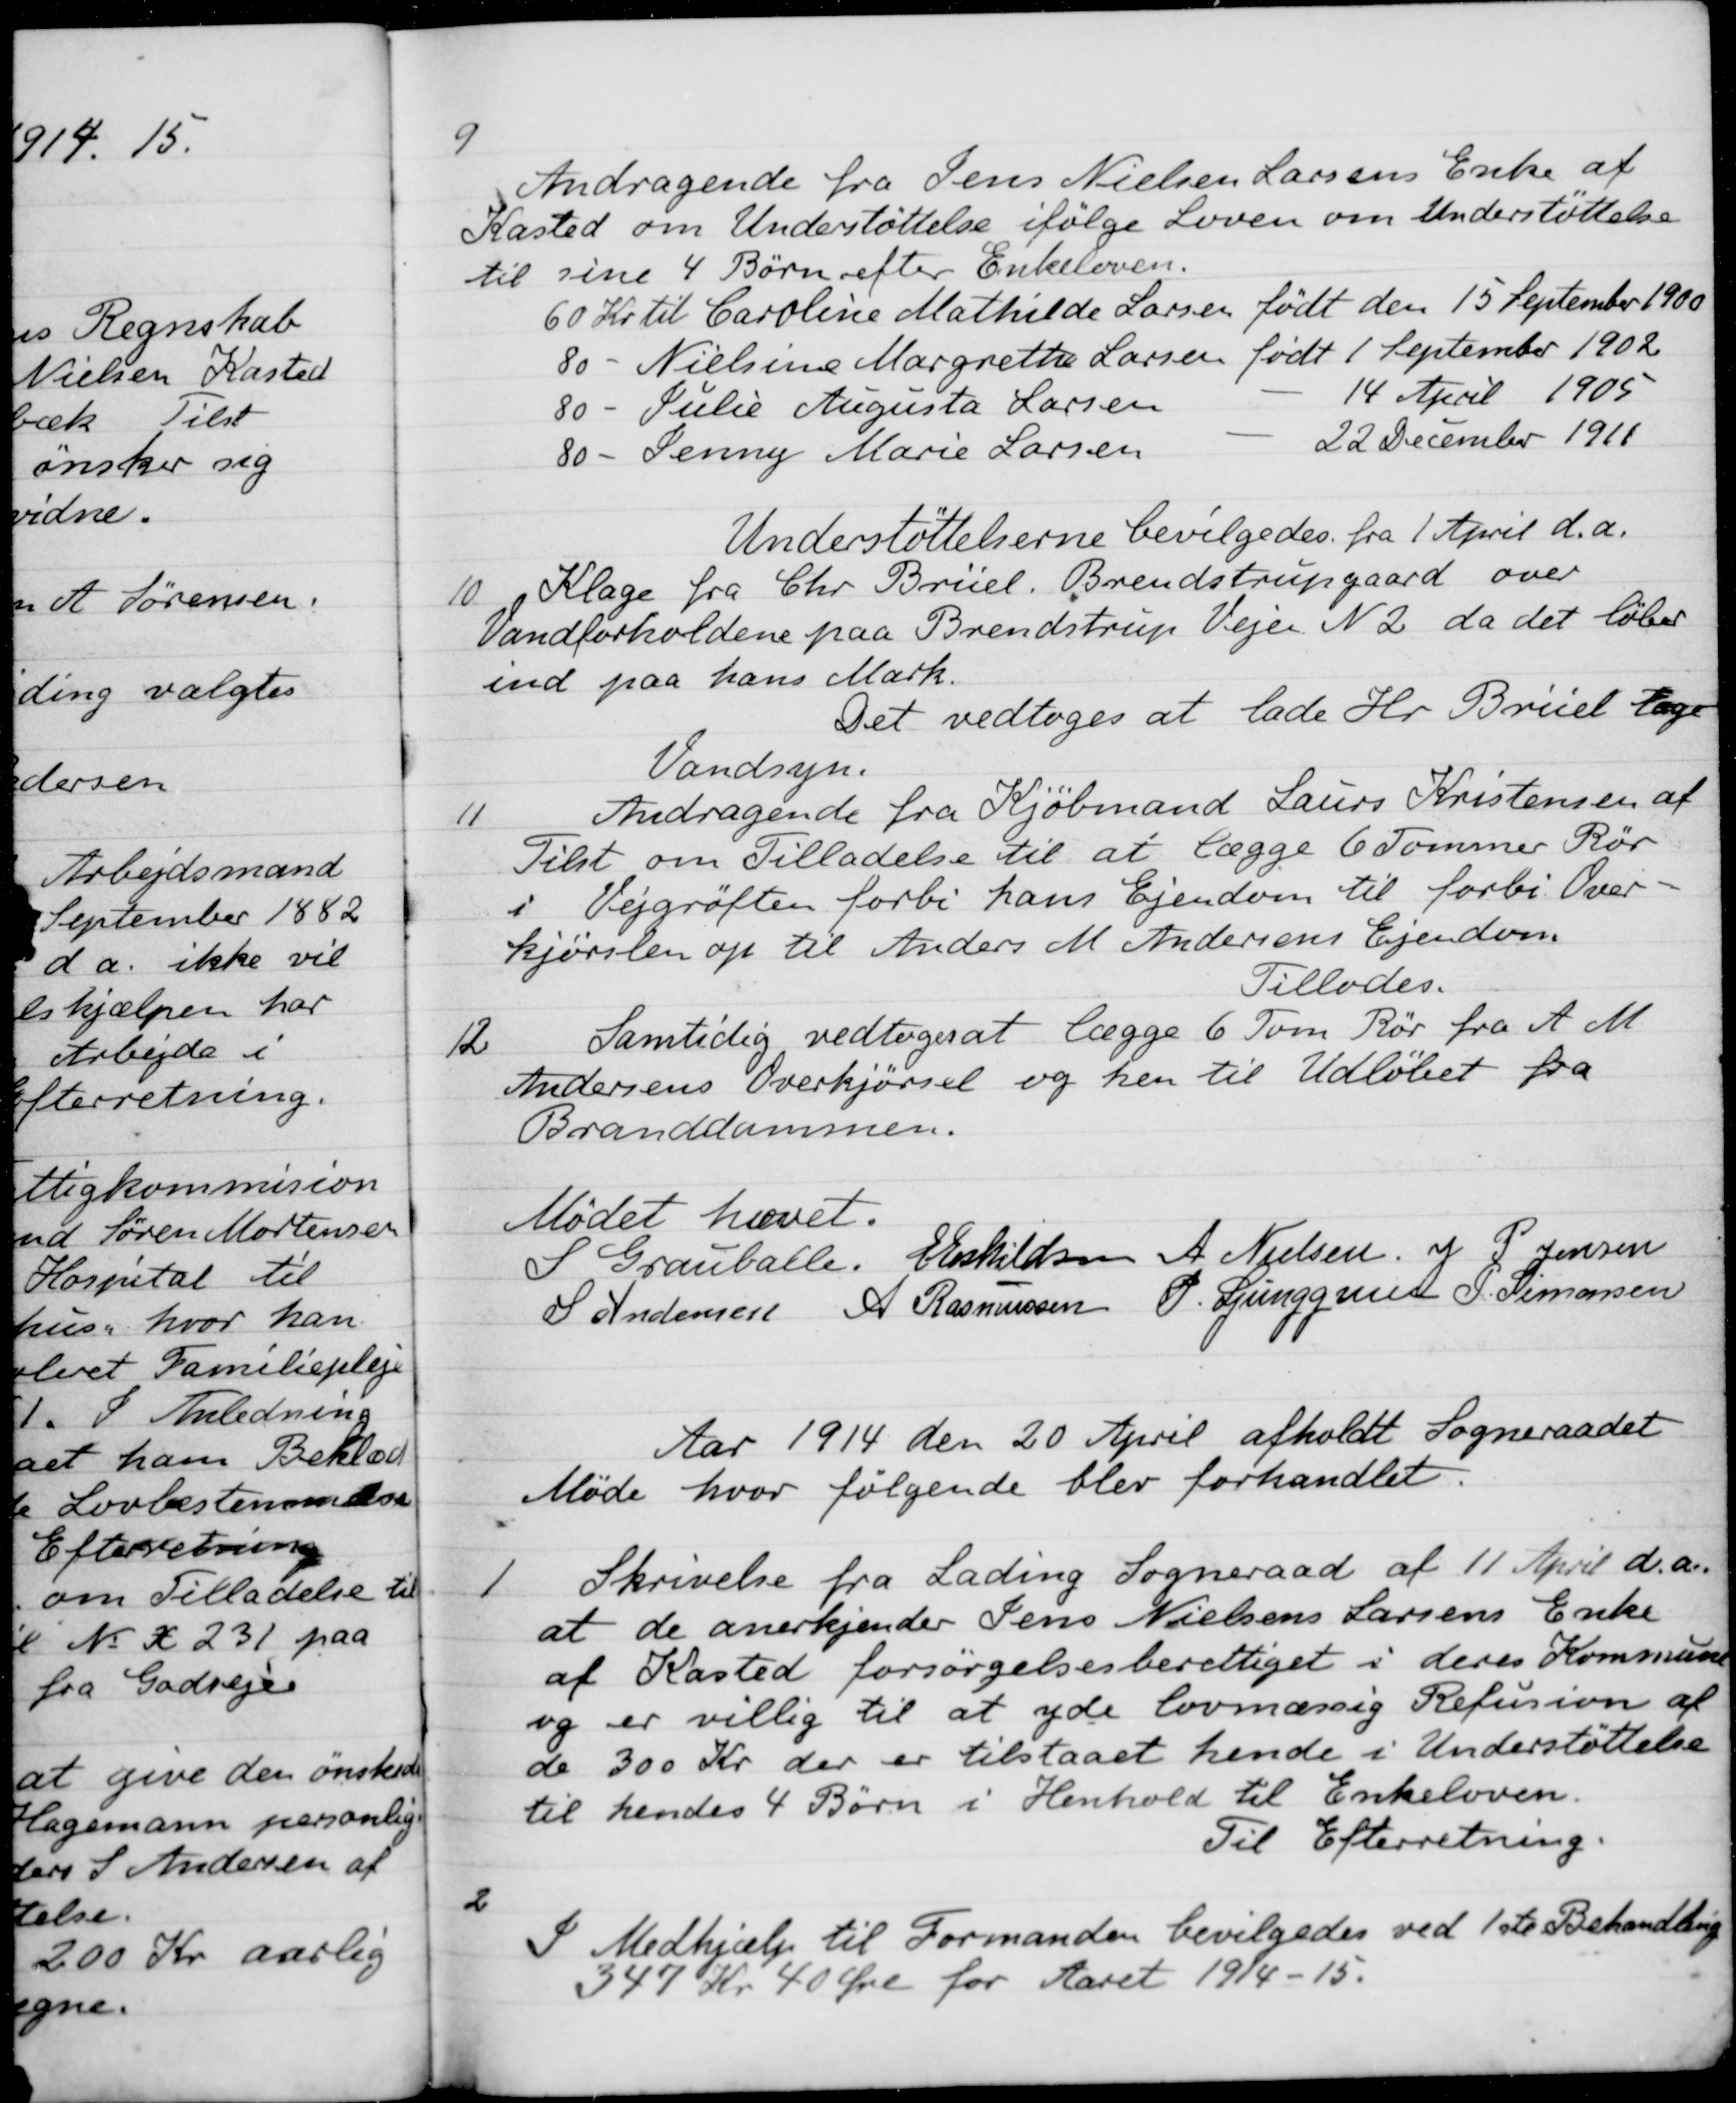
Transskription:
9
Andragende fra Jens Nielsen Larsens Enke af
Kasted om Understøttelse ifølge Loven om Understøttelse
til sine 4 Børn efter Enkeloven.
60 Kr til Caroline Mathilde Larsen født den 15 September 1900
80
Nielsine Margrethe Larsen født 1 September 1902
80
Julie Augusta Larsen
14 April 1905
80
Jenny Marie Larsen
22 December 1911
Understøttelserne bevilgedes. fra 1 April d. A.
10
Klage fra Chr. Brüel. Brendstrupgaard over
Vandforholdene paa Brendstrup Vejen N 2 da det løber
ind paa hans Mark.
Det vedtoges at lade Hr. Brüel tage
Vandsyn.
11
Andragende fra Kjøbmand Laurs Kristensen af
Tilst om Tilladelse til at lægge 6 Tommer Rør
i Vejgrøften forbi hans Ejendom til forbi. Over-
kjørslen op til Anders M Andersens Ejendom
Tillodes.
12
Samtidig vedtoges at lægge 6 Tom Rør fra A. M.
Andersens Overkjørsel og hen til Udløbet fra
Branddammen.
Mødet hævet.
S Grauballe.
E Eskildsen
A. Nielsen
J P. Jensen
S Andersen
A Rasmussen
P. Ljunggren
P. Simonsen
Aar 1914 den 20 April afholdt Sogneraadet
Møde hvor følgende blev forhandlet.
1
Skrivelse fra Lading Sogneraad af 11 April d. A.
at de anerkjender Jens Nielsens Larsens Enke
af Kasted forsørgelsesberettiget i deres Kommune
og er villig til at yde lovmæssig Refusion af
de 300 Kr der er tilstaaet hende i Understøttelse
til hendes 4 Børn i Henhold til Enkeloven.
Til Efterretning
2
I Medhjælp til Formanden bevilgedes ved 1ste Behandling
347 Kr 40 Øre for Aaret 1914-15.